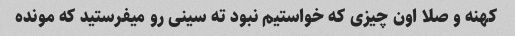
کهنه و صلا اون چیزی که خواستیم نبود ته سینی رو میفرستید که مونده